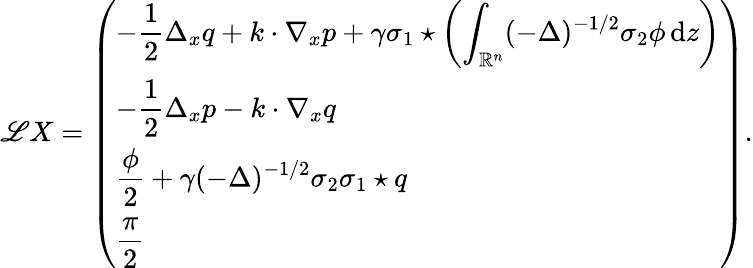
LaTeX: \mathscr LX=\left(\begin{array}{l}{-\displaystyle\frac{1}{2}\Delta_{x}q+k\cdot\nabla_{x}p+\gamma\sigma_{1}\star\left(\displaystyle\int_{\mathbb R^{n}}(-\Delta)^{-1/2}\sigma_{2}\phi\, {\mathrm{d}}z\right)}\\ {-\displaystyle\frac 12\Delta_{x}p-k\cdot\nabla_{x}q}\\ {\displaystyle\frac\phi 2+\gamma(-\Delta)^{-1/2}\sigma_{2}\sigma_{1}\star q}\\ {\displaystyle\frac\pi 2}\end{array}\right).